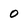
Character: 0